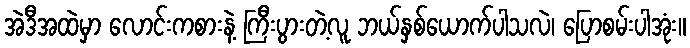
အဲဒီအထဲမှာ လောင်းကစားနဲ့ ကြီးပွားတဲ့လူ ဘယ်နှစ်ယောက်ပါသလဲ၊ ပြောစမ်းပါအုံး။